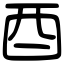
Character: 酉